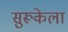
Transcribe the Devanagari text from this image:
सुरूकेला